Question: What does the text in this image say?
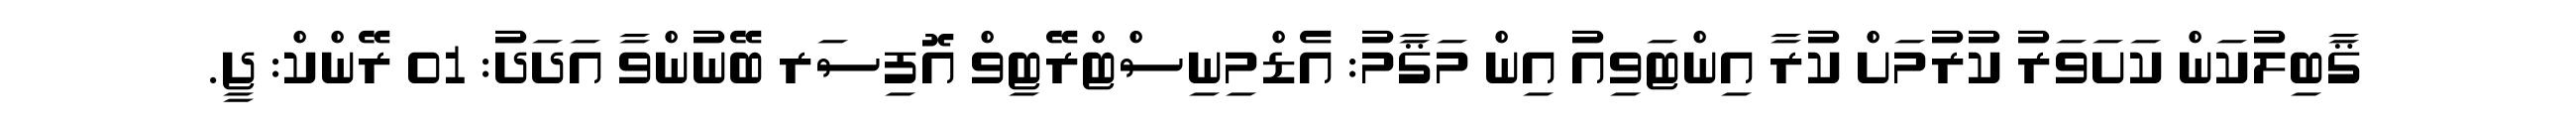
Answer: ޤާބިލުކަން ކަށަވަރު ކުރުމަށް ކުރާ އިންޓަވިއު އިން މަޤާމު: އެޑްމިނިސްޓްރޭޓިވް އޮފިސަރ ބޭނުންވާ އަދަދު: 01 ރޭންކް: ޖީ.